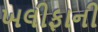
ખલીફાની